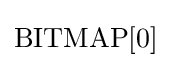
\mathrm {BITMAP} [0]